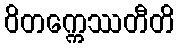
ဝိတက္ကေဿတီတိ